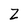
Character: Z